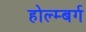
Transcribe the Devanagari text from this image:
होल्म्बर्ग